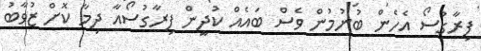
ފިރާގުސޯ އެހެން ބުނުމުން ވެސް ބައެއް ކުދީން ފިރާގުސޯއާ ދިމާ ކޮށް ޒުވާބު